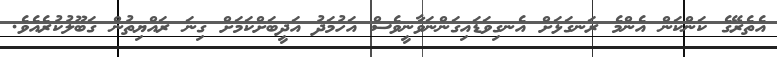
އެތެރޭގެ ކަންކަން އެންމެ ރަނގަަޅަށް އެނގިވަޑައިގަންނަވާނީވެސް އަހުމަދު އަދީބަށްކަމަށް ގިނަ ރައްޔިތުން ގަބޫލުކުރެއެވެ.